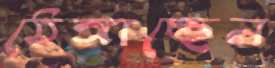
ঠেঙ্গাচ্ছেন